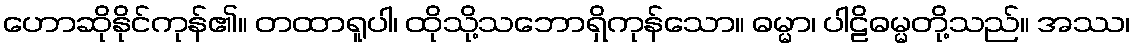
ဟောဆိုနိုင်ကုန်၏။ တထာရူပါ၊ ထိုသို့သဘောရှိကုန်သော။ ဓမ္မာ၊ ပါဠိဓမ္မတို့သည်။ အဿ၊